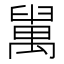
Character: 𦦔